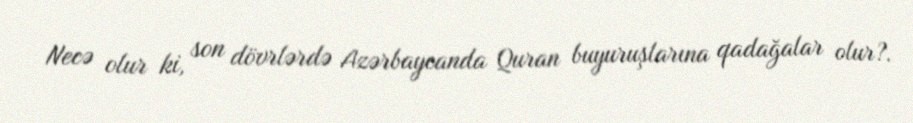
Necə olur ki, son dövrlərdə Azərbaycanda Quran buyuruşlarına qadağalar olur?.